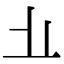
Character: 𱤻